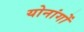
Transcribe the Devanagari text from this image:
योनांगों